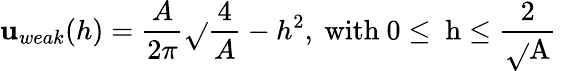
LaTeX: \mathbf{u}_{weak}(h)=\frac{{A}}{{2\pi}}\sqrt{}{{\frac{{4}}{{A}}-h^{2}}}\mathrm{{,~with~0\leq~h\leq\frac{{2}}{{\sqrt{}{{A}}}}~}}